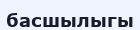
басшылыгы